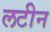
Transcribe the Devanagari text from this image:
लटीन